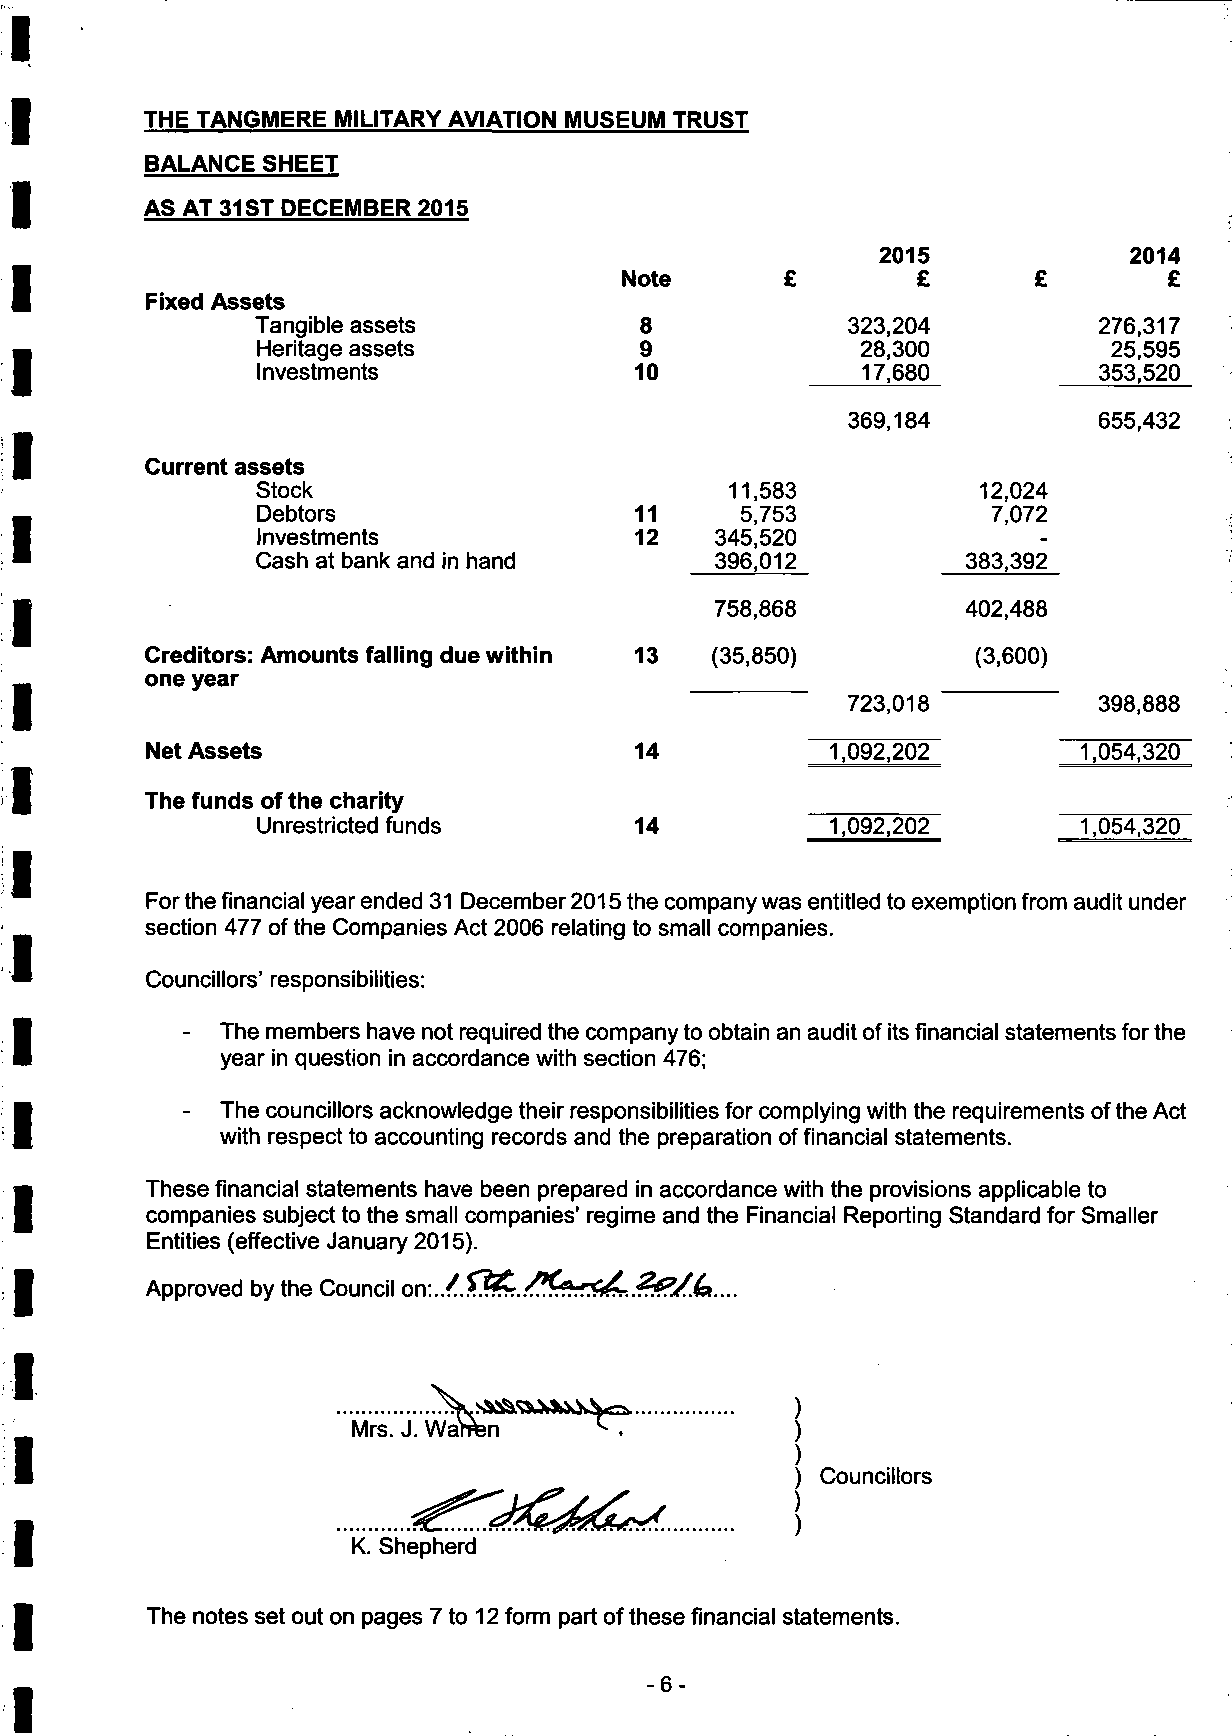
THE TANGMERE MILITARY AVIATION MUSEUM TRUST
 BALANCE SHEET
 AS AT 31 ST DECEMBER 2015
 2015             2014
 Note       £        £       £       £
 Fixed Assets
 Tangible assets          8             323,204          276,317
 Heritage assets          9              28,300           25,595
 Investments              10             17,680          353,520
 369,184          655,432
 Current assets
 Stock                          11,583           12,024
 Debtors                  11     5,753            7,072
 Investments              12   345,520
 Cash at bank and in hand      396,012          383,392
 758,868          402,488
 Creditors: Amounts falling due within 13 (35,850)      (3,600)
 one year
 723,018          398,888
 Net Assets                      14           1,092,202       1,054,320
 The funds of the charity
 Unrestricted funds       14           1,092,202        1,054,320
 For the financial year ended 31 December 2015 the company was entitled to exemption from audit under
 section 477 of the Companies Act 2006 relating to small companies.
 Councillors' responsibilities:
 -  The members have not required the company to obtain an audit of its financial statements for the
 year in question in accordance with section 476;
 -  The councillors acknowledge their responsibilities for complying with the requirements of the Act
 with respect to accounting records and the preparation of financial statements.
 These financial statements have been prepared in accordance with the provisions applicable to
 companies subject to the small companies' regime and the Financial Reporting Standard for Smaller
 Entities (effective January 2015).
 Approved by the Council on\./.$fc./***^..?0/.(a....
 Mrs. J. Warren
 Councillors
 K. Shepherd
 The notes set out on pages 7 to 12 form part of these financial statements.
 -6-